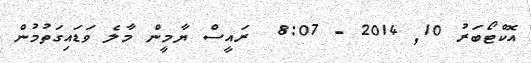
އޮކްޓޯބަރު 10